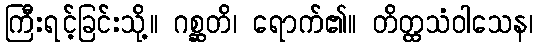
ကြီးရင့်ခြင်းသို့။ ဂစ္ဆတိ၊ ရောက်၏။ တိတ္ထသံဝါသေန၊